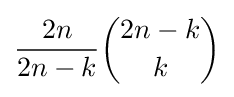
{\frac {2n}{2n-k}}{2n-k \choose k}